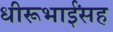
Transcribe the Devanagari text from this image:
धीरूभाईंसह